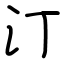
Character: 汀